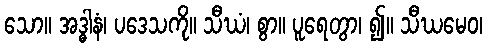
သော။ အဒ္ဓါနံ၊ ပဒေသကို။ သီဃံ၊ စွာ။ ပူရေတွာ၊ ၍။ သီဃမေဝ၊